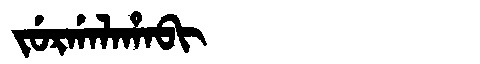
Manchu: ᠵᡠᡵᡤᠠᠯᠠᡥᠠᠪᡳ
Romanization: JURGALAHABI